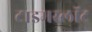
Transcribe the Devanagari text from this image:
टाइमस्लॉट